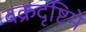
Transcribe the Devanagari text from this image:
वक्रदृष्टिमे